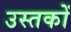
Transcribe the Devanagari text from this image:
उस्तकों